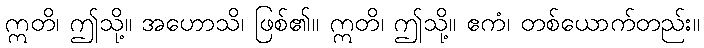
ဣတိ၊ ဤသို့။ အဟောသိ၊ ဖြစ်၏။ ဣတိ၊ ဤသို့။ ဧကံ၊ တစ်ယောက်တည်း။